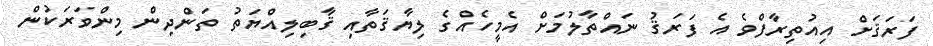
ފަރަޤަށް އިއުތިރާފްވެ އެ ފަރަޤު ނައްތާލުމަށް އެމީހެއްގެ ލިޔާޤަތާއި ޤާބިލިއްޔަތު ތަންދިން މިންވަރަކުން